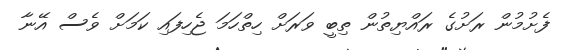
ފެށުމުން ރަށުގެ ރައްޔިތުން ތިބީ ވަރަށް ހިތްހަމަ ޖެހިފައި ކަމަށް ވެސް އޭނާ